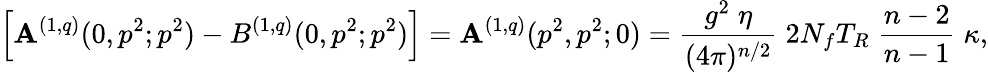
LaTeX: \left[\mathbf{A}^{(1,q)}(0,p^{2};p^{2})-B^{(1,q)}(0,p^{2};p^{2})\right]=\mathbf{A}^{(1,q)}(p^{2},p^{2};0)=\frac{{g^{2}\; \eta}}{{(4\pi)^{n/2}}}\; 2N_{f}T_{R}\; \frac{{n-2}}{{n-1}}\; \kappa,